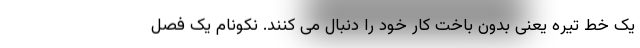
یک خط تیره یعنی بدون باخت کار خود را دنبال می کنند. نکونام یک فصل